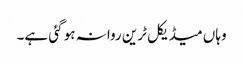
وہاں میڈیکل ٹرین روانہ ہو گئی ہے۔